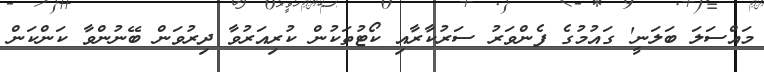
މައްސަލަ ބަލަނީ' ގައުމުގެ ފެންވަރު ސަރުކާރާއި ކޯޓުތަކުން ކުރިއަރުވާ ދިރުވަން ބޭނުންވާ ކަންކަން